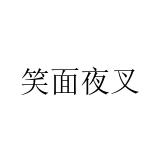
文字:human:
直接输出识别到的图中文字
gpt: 笑面夜叉